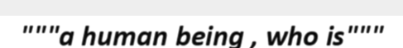
"""a human being , who is"""